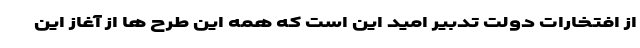
از افتخارات دولت تدبیر امید این است که همه این طرح ها از آغاز این